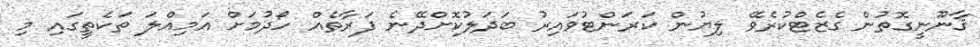
ޤާނޫނީގޮތުން ގެޒެޓްކުރެވޭ ލިޔުން ކަރަންޓުވައިރު ބަދަލުކޮށްދޭނެ ފަރާތެއް ހޯދުމަށް އަމިއްލަ ތަކެތީގައި މި